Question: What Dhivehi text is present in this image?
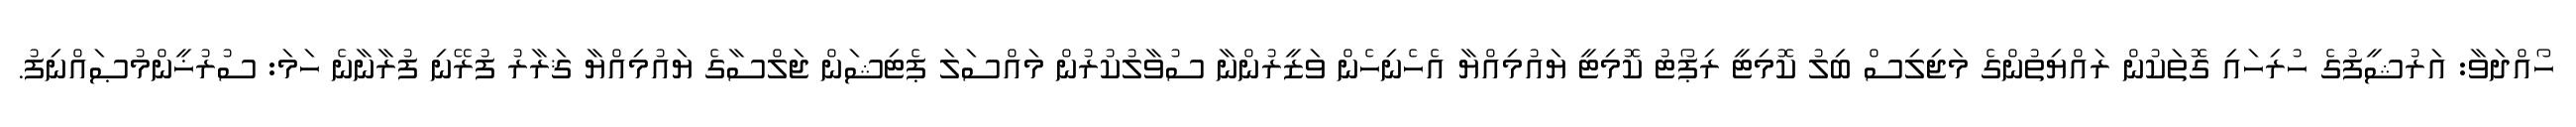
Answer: ހޯއްދަވާ: އަރުޝީފުގެ ހުރިހައި ގޮތަކުން ރައްޔިތުންގެ މަޖިލިސް ބިލު ކޮމިޓީ ރިޕޯޓު ކޮމިޓީ ޔައުމިއްޔާ އެހެނިހެން ވަޒީރުންނާ ސުވާލުކުރުން މައްސަލަ ޕެޓިޝަން ޖަލްސާގެ ޔައުމިއްޔާ ޤަރާރު ފުރޭނި ފުރާނާނެ ހަމަ: ސުރުޚީންމުޞައްނިފު.